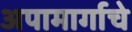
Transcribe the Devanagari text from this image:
अपामार्गाचे